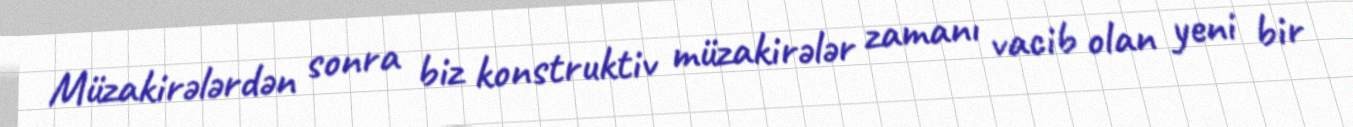
Müzakirələrdən sonra biz konstruktiv müzakirələr zamanı vacib olan yeni bir